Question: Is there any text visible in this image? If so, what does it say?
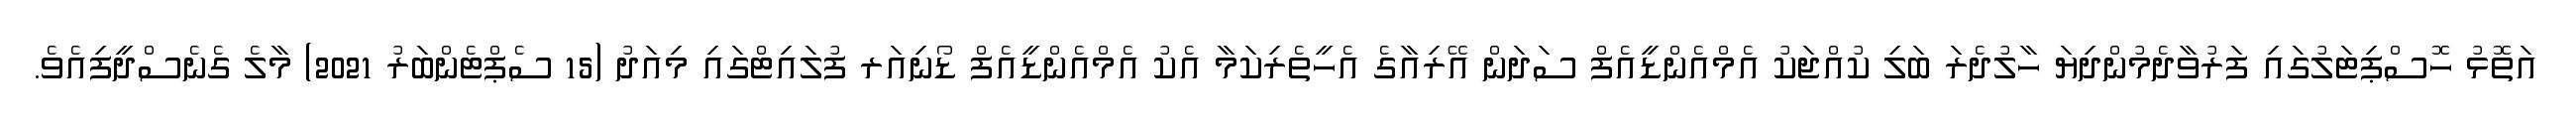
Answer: އަތޮޅު ހޮސްޕިޓަލުގައި ފަރުވާދެމުންދިޔަ ހާލުދެރަ ބަލި ކުއްޖަކު އެމްއެންޑީއެފް ސަދަން އޭރިއާގެ އެހީތެރިކަމާ އެކު އެމްއެންޑީއެފް ޑޯނިއަރ ފުލައިޓްގައި މިއަދު (15 ސެޕްޓެންބަރު 2021) މާލެ ގެނެސްދީފިއެވެ.